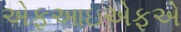
એફઆઇએફએ